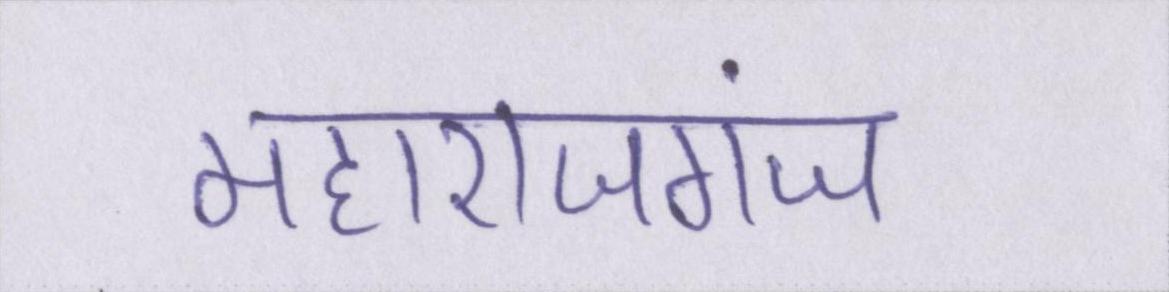
महाराजगंज